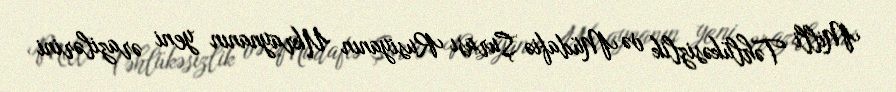
Milli Təhlükəsizlik və Müdafiə Şurası Rusiyanın Ukraynanın yeni ərazilərini